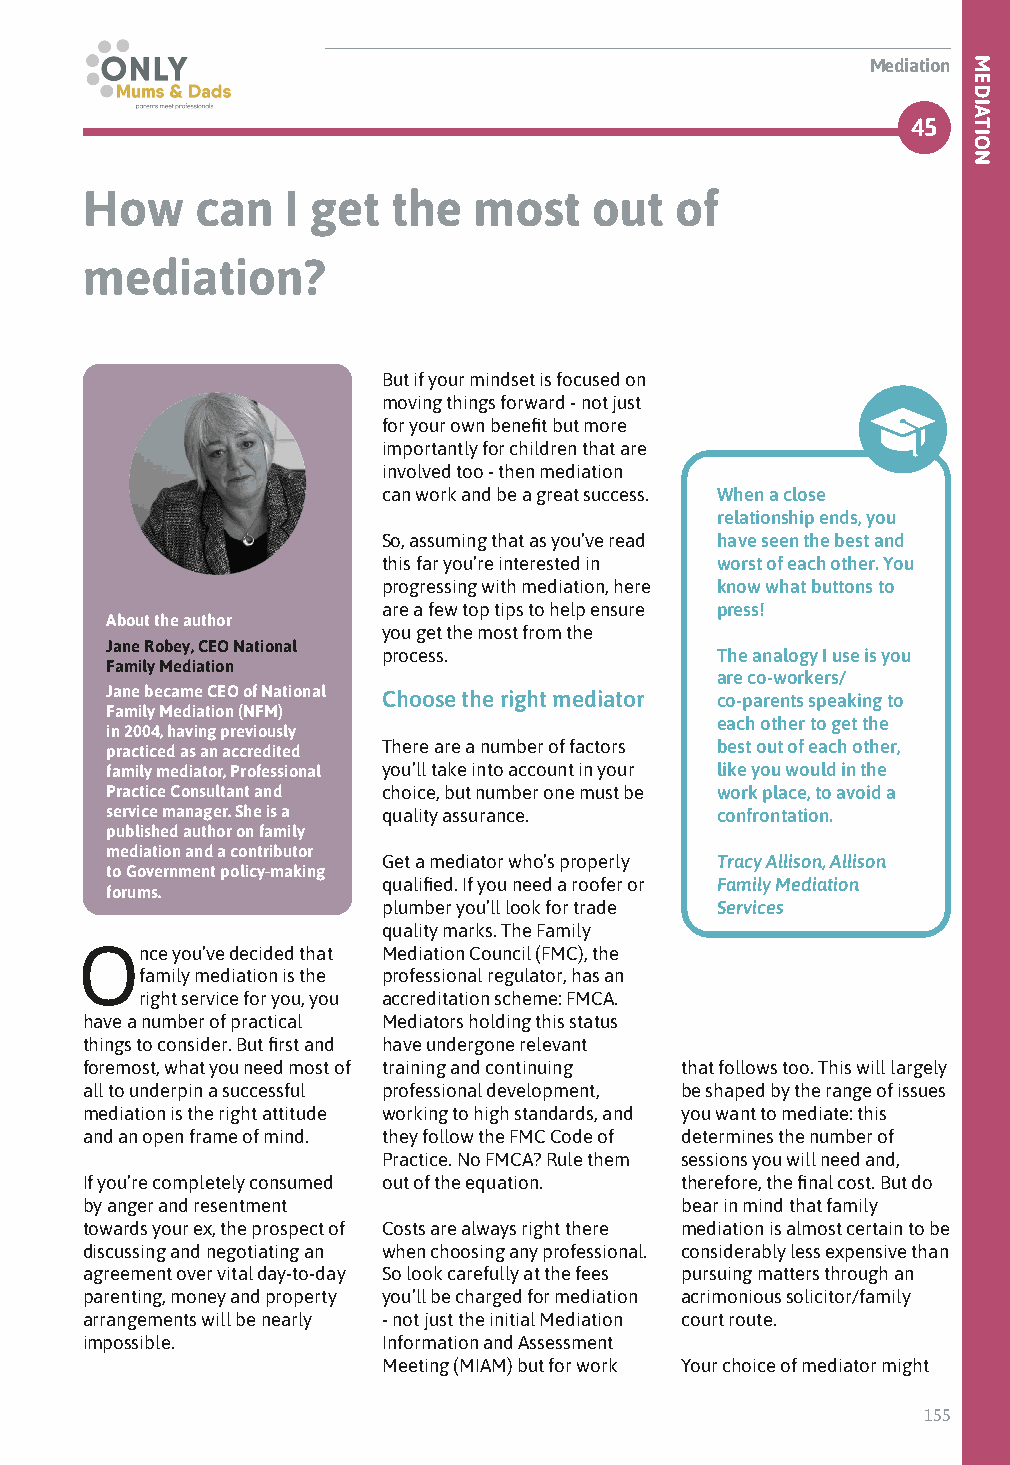
Mediation
 45
 How     can   I get  the  most    out   of
 mediation?
 But if your mindset is focused on
 moving things forward - not just
 for your own benefit but more
 importantly for children that are
 involved too - then mediation
 can work and be a great success. When a close
 relationship ends, you
 So, assuming that as you’ve read have seen the best and
 this far you’re interested in worst of each other. You
 progressing with mediation, here know what buttons to
 are a few top tips to help ensure press!
 About the author
 you get the most from the
 Jane Robey, CEO National
 process.              The analogy I use is you
 Family Mediation
 are co-workers/
 Jane became CEO of National Choose the right mediator co-parents speaking to
 Family Mediation (NFM)
 each other to get the
 in 2004, having previously
 practiced as an accredited There are a number of factors best out of each other,
 family mediator, Professional you’ll take into account in your like you would in the
 Practice Consultant and choice, but number one must be work place, to avoid a
 service manager. She is a quality assurance. confrontation.
 published author on family
 mediation and a contributor
 Get a mediator who’s properly Tracy Allison, Allison
 to Government policy-making
 qualified. If you need a roofer or Family Mediation
 forums.
 plumber you’ll look for trade Services
 quality marks. The Family
 Once  you’ve decided that Mediation Council (FMC), the
 family mediation is the professional regulator, has an
 right service for you, you accreditation scheme: FMCA.
 have a number of practical Mediators holding this status
 things to consider. But first and have undergone relevant
 foremost, what you need most of training and continuing that follows too. This will largely
 all to underpin a successful professional development, be shaped by the range of issues
 mediation is the right attitude working to high standards, and you want to mediate: this
 and an open frame of mind. they follow the FMC Code of determines the number of
 Practice. No FMCA? Rule them sessions you will need and,
 If you’re completely consumed out of the equation. therefore, the final cost. But do
 by anger and resentment                 bear in mind that family
 towards your ex, the prospect of Costs are always right there mediation is almost certain to be
 discussing and negotiating an when choosing any professional. considerably less expensive than
 agreement over vital day-to-day So look carefully at the fees pursuing matters through an
 parenting, money and property you’ll be charged for mediation acrimonious solicitor/family
 arrangements will be nearly - not just the initial Mediation court route.
 impossible.         Information and Assessment
 Meeting (MIAM) but for work Your choice of mediator might
 155
 MEDIATION